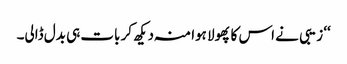
‘‘ زیبی نے اس کا پھولا ہوا منہ دیکھ کر بات ہی بدل ڈالی۔